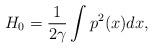
LaTeX: \begin{align*}H_0 = \frac{1}{2 \gamma} \int p^2 (x) dx ,\end{align*}